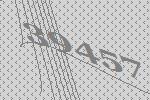
39457